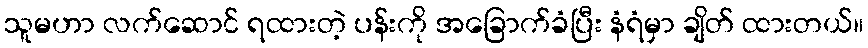
သူမဟာ လက်ဆောင် ရထားတဲ့ ပန်းကို အခြောက်ခံပြီး နံရံမှာ ချိတ် ထားတယ်။